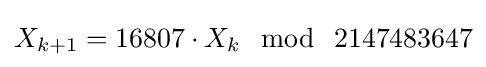
X_{k+1}=16807\cdot X_{k}~~{\bmod {~}}~2147483647